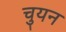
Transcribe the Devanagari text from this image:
चुयन